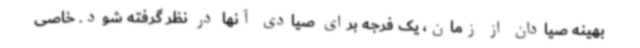
بهینه صیادان از زمان، یک فرجه برای صیادی آنها در نظر گرفته شود. خاصی